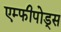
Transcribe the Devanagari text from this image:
एम्फीपोड्स